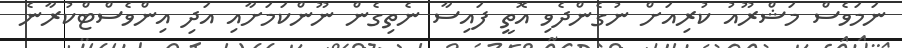
ނަމަވެސް މަޝްރޫއު ކުރިއަށް ނުގެންދެވި އޮތީ ފައިސާ ނެތިގެން ނޫންކަމަށާއި އަދި އިންވެސްޓްކުރާނެ